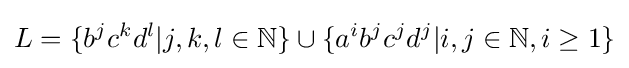
L=\{b^{j}c^{k}d^{l}|j,k,l\in \mathbb {N} \}\cup \{a^{i}b^{j}c^{j}d^{j}|i,j\in \mathbb {N} ,i\geq 1\}